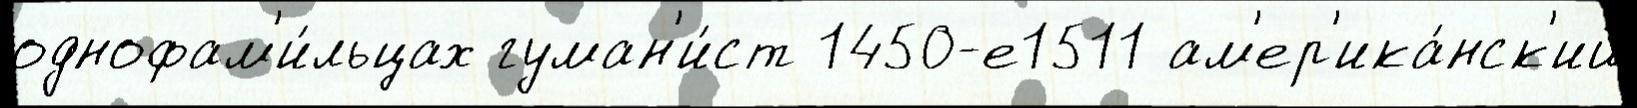
однофам'и́льцах гуман'и́ст 1450-е1511 ам'ер'ика́нск'ий